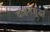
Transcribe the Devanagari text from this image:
वाहनसुद्धा